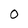
Character: O